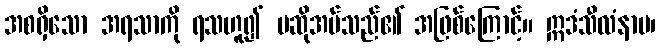
အစရှိသော အရသာကို ရသဟူ၍ မဆိုအပ်သည်၏ အဖြစ်ကြောင့်။ ဣဒံသီလံနာမ၊